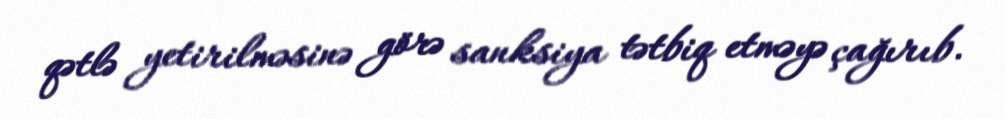
qətlə yetirilməsinə görə sanksiya tətbiq etməyə çağırıb.